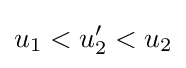
u_{1}<u_{2}'<u_{2}